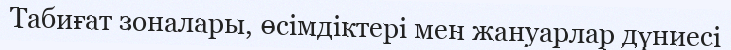
Табиғат зоналары, өсімдіктері мен жануарлар дүниесі